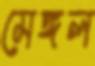
মেঙ্গল